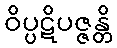
ဝိပ္ပဋိပဇ္ဇန္တိ